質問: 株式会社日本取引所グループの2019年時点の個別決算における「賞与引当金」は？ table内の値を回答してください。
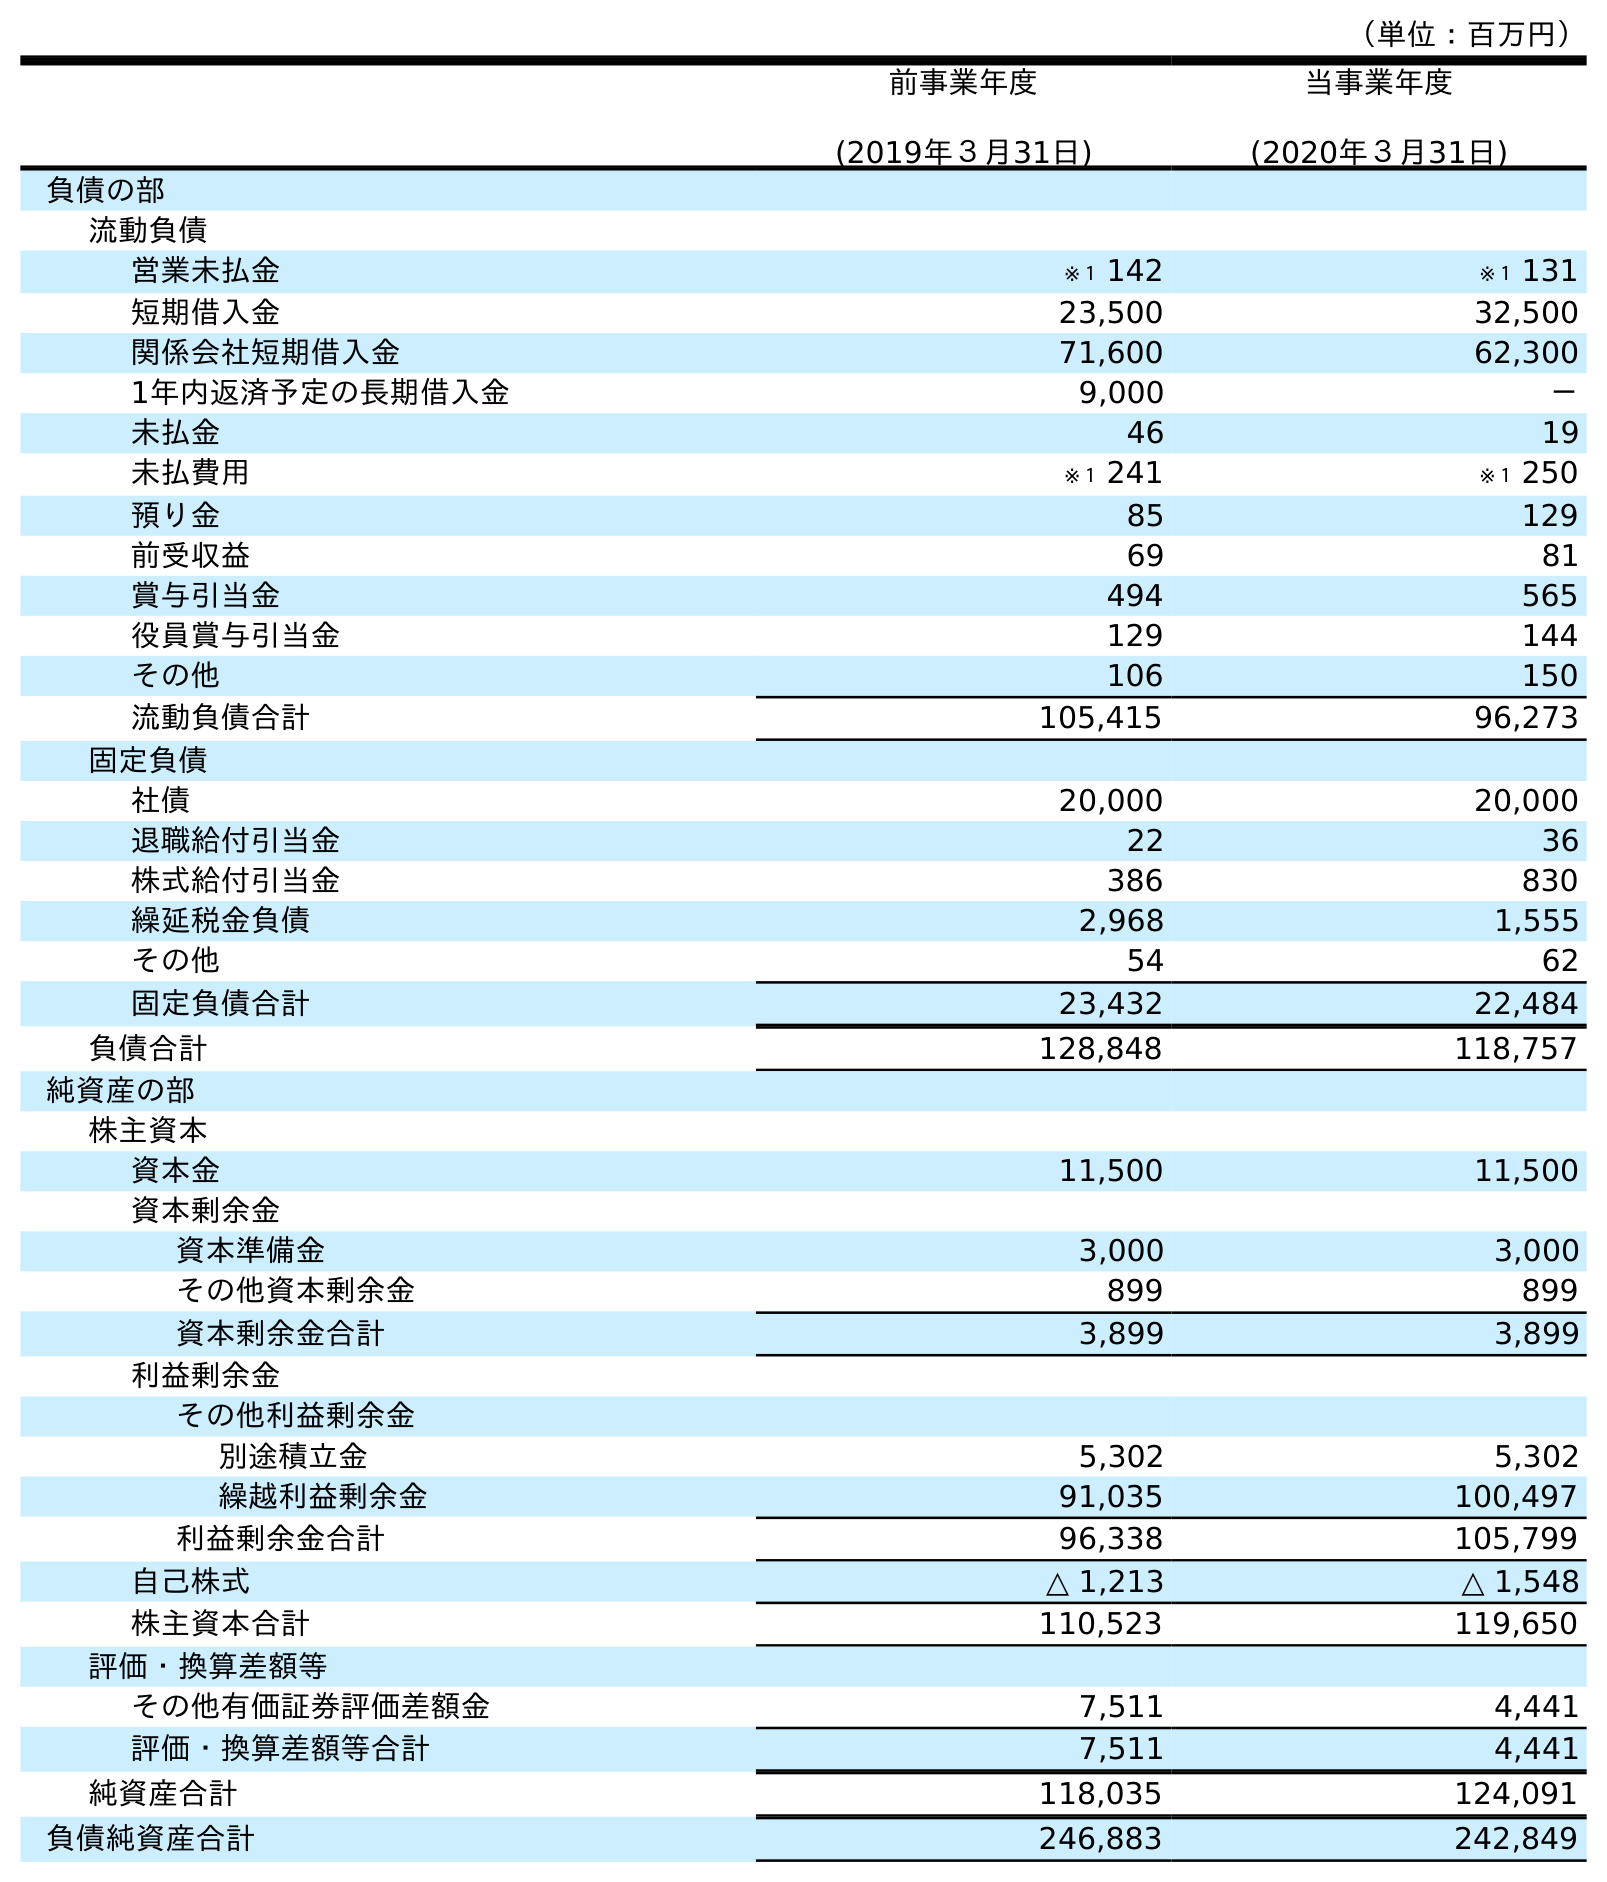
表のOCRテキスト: （単位：百万円） 前事業年度 (2019年３月31日) 当事業年度 (2020年３月31日) 負債の部 流動負債 営業未払金 ※１ 142 ※１ 131 短期借入金 23,500 32,500 関係会社短期借入金 71,600 62,300 1年内返済予定の長期借入金 9,000 － 未払金 46 19 未払費用 ※１ 241 ※１ 250 預り金 85 129 前受収益 69 81 賞与引当金 494 565 役員賞与引当金 129 144 その他 106 150 流動負債合計 105,415 96,273 固定負債 社債 20,000 20,000 退職給付引当金 22 36 株式給付引当金 386 830 繰延税金負債 2,968 1,555 その他 54 62 固定負債合計 23,432 22,484 負債合計 128,848 118,757 純資産の部 株主資本 資本金 11,500 11,500 資本剰余金 資本準備金 3,000 3,000 その他資本剰余金 899 899 資本剰余金合計 3,899 3,899 利益剰余金 その他利益剰余金 別途積立金 5,302 5,302 繰越利益剰余金 91,035 100,497 利益剰余金合計 96,338 105,799 自己株式 △ 1,213 △ 1,548 株主資本合計 110,523 119,650 評価・換算差額等 その他有価証券評価差額金 7,511 4,441 評価・換算差額等合計 7,511 4,441 純資産合計 118,035 124,091 負債純資産合計 246,883 242,849
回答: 494